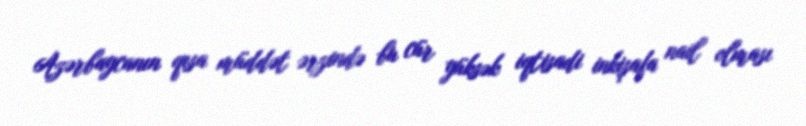
Azərbaycanın qısa müddət ərzində bu cür yüksək iqtisadi inkişafa nail olması